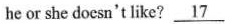
he or she docsn't like? \underline{17}